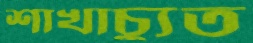
শাখাচ্যুত